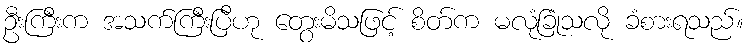
ဦးကြီးက အသက်ကြီးပြီဟု တွေးမိသဖြင့် စိတ်က မလုံခြုံသလို ခံစားရသည်။